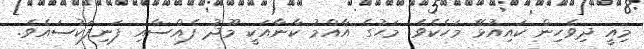
މިއީ ދިވެހިން ކައިއުޅޭ މަހެކެވެ. މަހުގެ އާއްމު ކާނާއަކީ މޫދު ފެއްސާއި ފަނިފަކުސައެވެ.